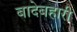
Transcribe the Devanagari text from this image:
बादेबहारी